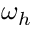
\omega _ { h }